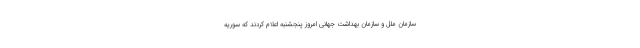
سازمان ملل و سازمان بهداشت جهانی امروز پنجشنبه اعلام کردند که سوریه